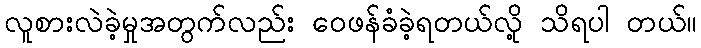
လူစားလဲခဲ့မှုအတွက်လည်း ဝေဖန်ခံခဲ့ရတယ်လို့ သိရပါ တယ်။